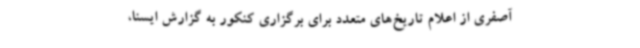
آصفری از اعلام تاریخ‌های متعدد برای برگزاری کنکور به گزارش ایسنا،